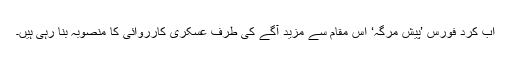
اب کرد فورس ’پیش مرگہ‘ اس مقام سے مزید آگے کی طرف عسکری کارروائی کا منصوبہ بنا رہی ہیں۔